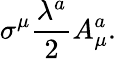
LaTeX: \sigma^{\mu}\frac{\lambda^{a}}{2}A_{\mu}^{a}.